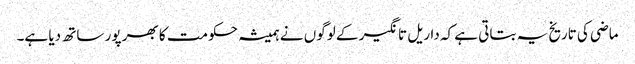
ماضی کی تاریخ یہ بتاتی ہے کہ داریل تانگیر کے لوگوں نے ہمیشہ حکومت کا بھر پور ساتھ دیا ہے۔